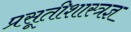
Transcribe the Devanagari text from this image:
प्रसूतीशास्त्रज्ञ